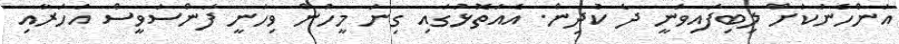
އަންހެނަކަށް ލިބިފައިވަނީ ދެ ކުދިން. އެއަތޮޅުގައި ގިނަ މީހުން ވިހަނީ ފަންސަވީސް އަހަރާއި